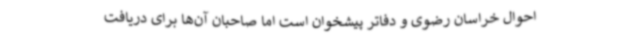
احوال خراسان رضوی و دفاتر پیشخوان است اما صاحبان آن‌ها برای دریافت